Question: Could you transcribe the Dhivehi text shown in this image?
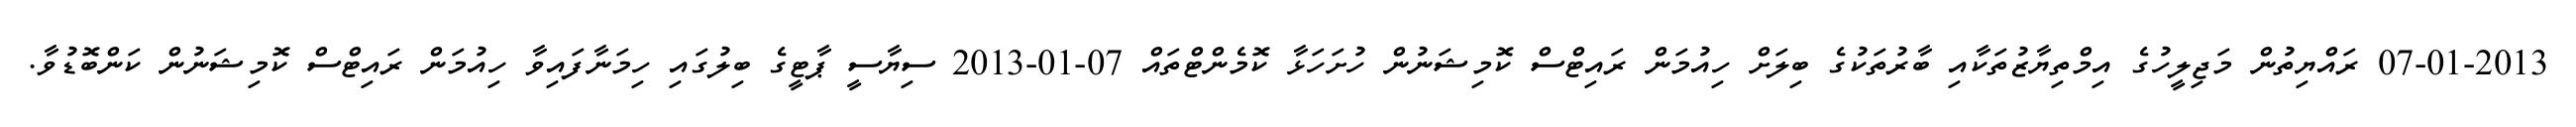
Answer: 07-01-2013 ރައްޔިތުން މަޖިލީހުގެ އިމްތިޔާޒުތަކާއި ބާރުތަކުގެ ބިލަށް ހިއުމަން ރައިޓްސް ކޮމިޝަނުން ހުށަހަޅާ ކޮމެންޓްތައް 07-01-2013 ސިޔާސީ ޕާޓީގެ ބިލުގައި ހިމަނާފައިވާ ހިއުމަން ރައިޓްސް ކޮމިޝަނުން ކަންބޮޑުވާ.